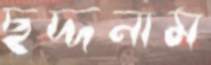
ছদ্দনাম